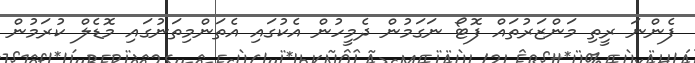
ފެންނަ ރީތި މަންޒަރުތައް ފޮޓޯ ނަގަމުން ދެމީހުން އެކުގައި އެތަންމިތަނުގައި މޮޑެލް ކުރަމުން